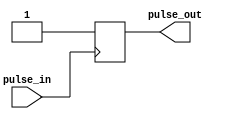
module PulseSynchronizer (
    input wire pulse_in,
    output wire pulse_out
);

reg [3:0] sync_reg;

always @(posedge pulse_in)
begin
    sync_reg <= 4'b1111; // Assuming 4 flip-flops in the synchronizer block
end

assign pulse_out = sync_reg[0];

endmodule